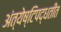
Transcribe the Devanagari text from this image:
अंत्येष्टिपद्धतींत